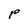
Character: P